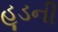
હૂડની